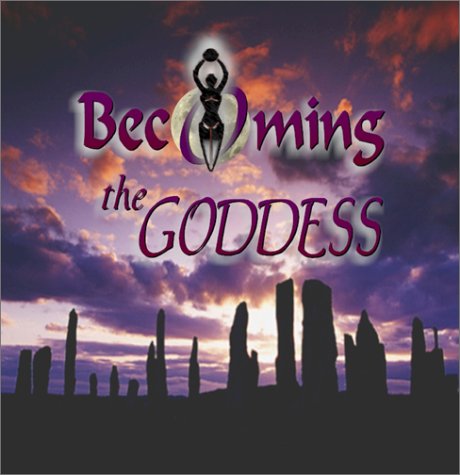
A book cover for Becoming the Goddess; Janet I. Decker; Religion & Spirituality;